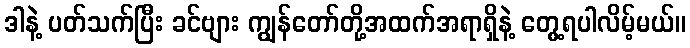
ဒါနဲ့ ပတ်သက်ပြီး ခင်ဗျား ကျွန်တော်တို့အထက်အရာရှိနဲ့ တွေ့ရပါလိမ့်မယ်။